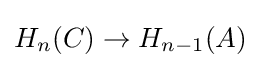
H_{n}(C)\to H_{n-1}(A)